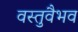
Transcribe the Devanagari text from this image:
वस्तुवैभव